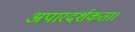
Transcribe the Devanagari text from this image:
अपारदर्शकता।